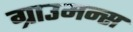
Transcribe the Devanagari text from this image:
ग्राउमन्स